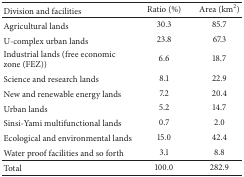
| Division and facilities | Ratio (%) | Area (km2) |
 | --- | --- | --- |
 | Agricultural lands | 30.3 | 85.7 |
 | U-complex urban lands | 23.8 | 67.3 |
 | Industrial lands (free economic zone (FEZ)) | 6.6 | 18.7 |
 | Science and research lands | 8.1 | 22.9 |
 | New and renewable energy lands | 7.2 | 20.4 |
 | Urban lands | 5.2 | 14.7 |
 | Sinsi-Yami multifunctional lands | 0.7 | 2.0 |
 | Ecological and environmental lands | 15.0 | 42.4 |
 | Water proof facilities and so forth | 3.1 | 8.8 |
 | Total | 100.0 | 282.9 |